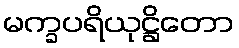
မက္ခပရိယုဋ္ဌိတော